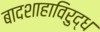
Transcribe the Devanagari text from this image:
बादशाहाविरुद्ध